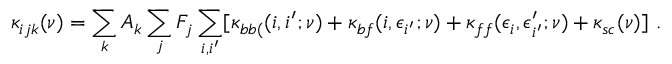
\kappa _ { i j k } ( \nu ) = \sum _ { k } A _ { k } \sum _ { j } F _ { j } \sum _ { i , i ^ { \prime } } [ \kappa _ { b b ( } ( i , i ^ { \prime } ; \nu ) + \kappa _ { b f } ( i , \epsilon _ { i ^ { \prime } } ; \nu ) + \kappa _ { f f } ( \epsilon _ { i } , \epsilon _ { i ^ { \prime } } ^ { \prime } ; \nu ) + \kappa _ { s c } ( \nu ) ] \ .